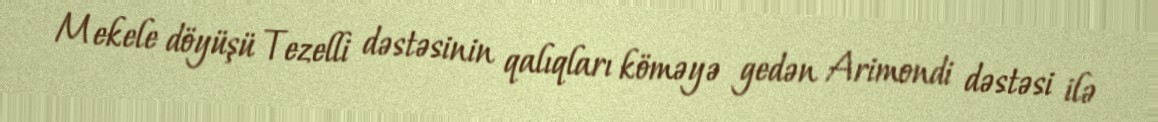
Mekele döyüşü Tezelli dəstəsinin qalıqları köməyə gedən Arimondi dəstəsi ilə